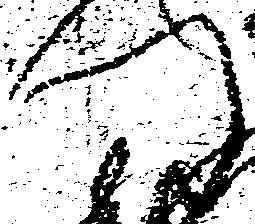
門